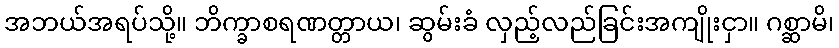
အဘယ်အရပ်သို့။ ဘိက္ခာစရဏတ္တာယ၊ ဆွမ်းခံ လှည့်လည်ခြင်းအကျိုးငှာ။ ဂစ္ဆာမိ၊